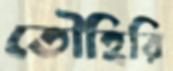
তৌহিরি